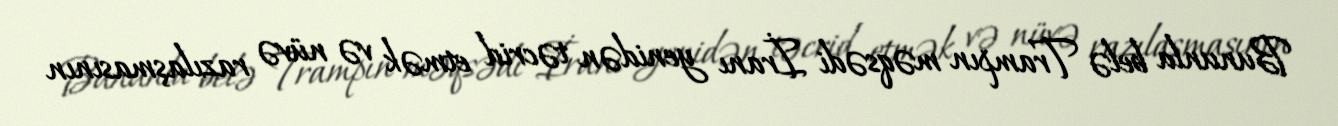
Bununla belə Trampın məqsədi İranı yenidən təcrid etmək və nüvə razılaşmasının